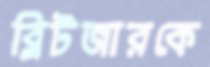
ব্লিটজারকে